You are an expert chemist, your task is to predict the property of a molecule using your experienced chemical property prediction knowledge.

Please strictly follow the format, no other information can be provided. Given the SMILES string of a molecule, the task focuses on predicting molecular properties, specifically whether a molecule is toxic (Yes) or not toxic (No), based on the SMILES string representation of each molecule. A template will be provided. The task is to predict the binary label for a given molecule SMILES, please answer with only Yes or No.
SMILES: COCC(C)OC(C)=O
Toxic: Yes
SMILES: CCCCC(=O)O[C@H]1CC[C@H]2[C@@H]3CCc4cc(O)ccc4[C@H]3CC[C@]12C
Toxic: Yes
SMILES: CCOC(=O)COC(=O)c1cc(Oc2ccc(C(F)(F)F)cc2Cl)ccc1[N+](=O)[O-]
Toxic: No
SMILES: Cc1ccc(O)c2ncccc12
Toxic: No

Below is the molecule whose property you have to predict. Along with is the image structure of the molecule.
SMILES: CCC(CN)=C(c1ccccc1)c1ccccc1
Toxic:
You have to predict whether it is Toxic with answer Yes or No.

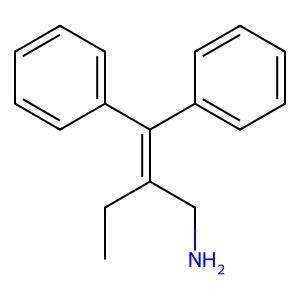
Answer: No